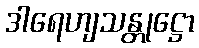
ဒါရေဟျသန္တုဋ္ဌော